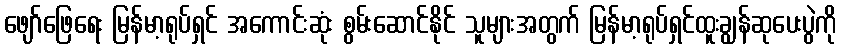
ဖျော်ဖြေရေး မြန်မာ့ရုပ်ရှင် အကောင်းဆုံး စွမ်းဆောင်နိုင် သူများအတွက် မြန်မာ့ရုပ်ရှင်ထူးချွန်ဆုပေးပွဲကို